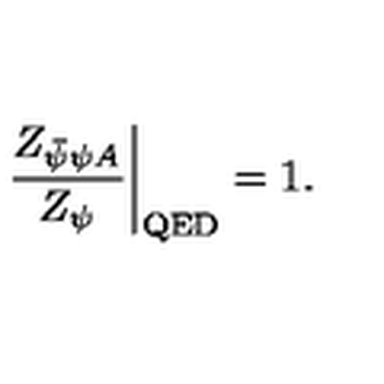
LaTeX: \left. \frac { Z _ { \bar { \psi } \psi A } } { Z _ { \psi } } \right| _ { \mathrm { Q E D } } = 1 .